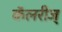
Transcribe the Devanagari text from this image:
कॅलरीज्‌